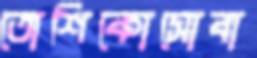
তোশিকোসোবা